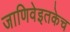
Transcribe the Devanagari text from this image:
जाणिवेइतकेच